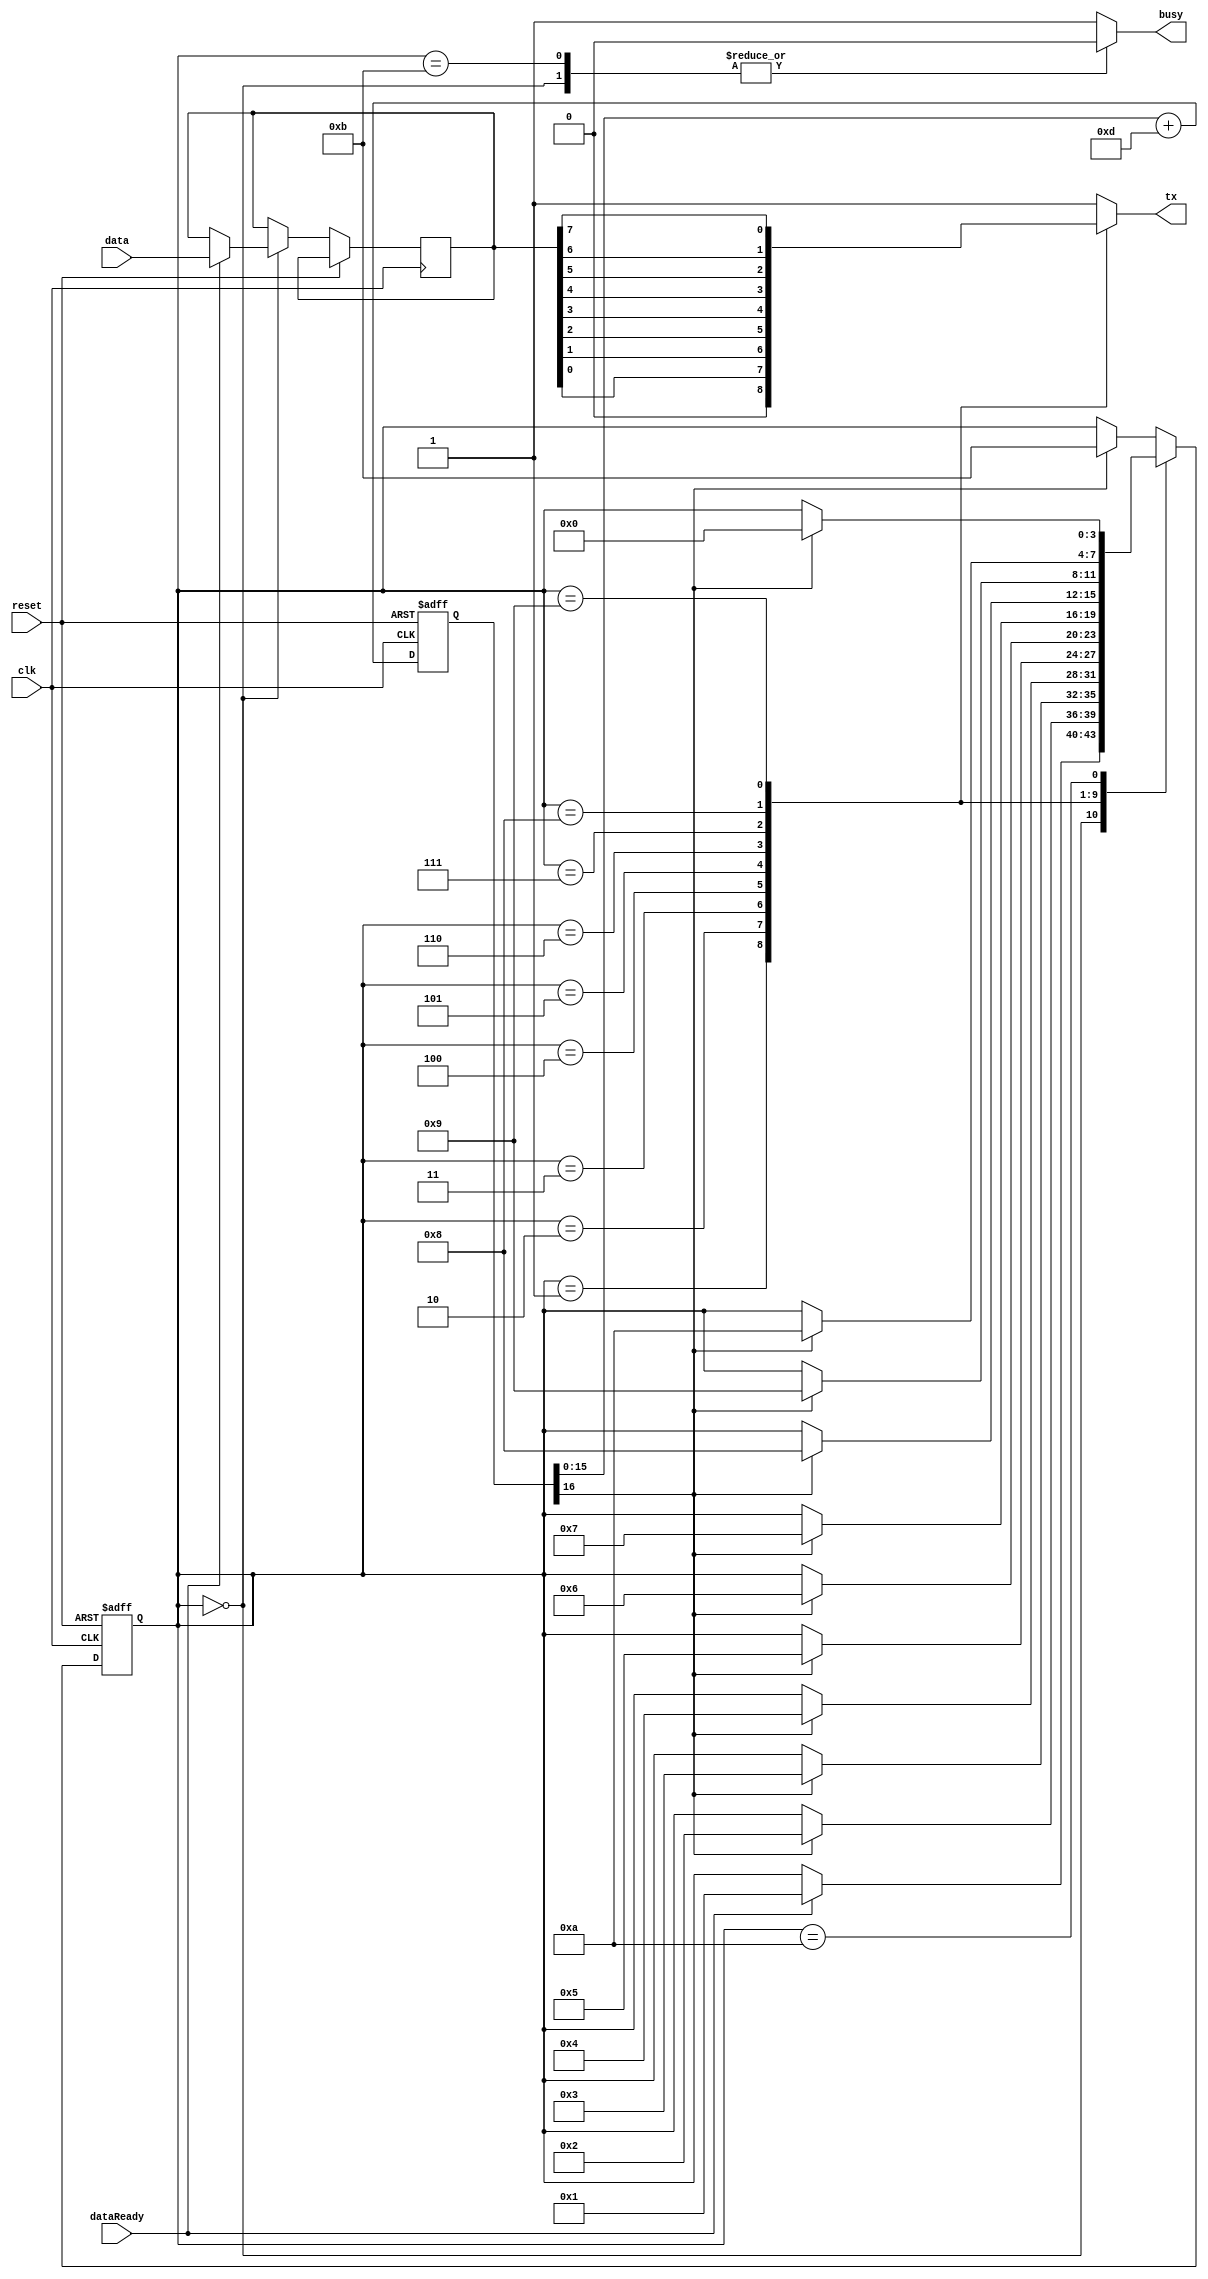
`define STATE_IDLE      4'h0
`define STATE_START_BIT 4'h1
`define STATE_BIT_0     4'h2
`define STATE_BIT_1     4'h3
`define STATE_BIT_2     4'h4
`define STATE_BIT_3     4'h5
`define STATE_BIT_4     4'h6
`define STATE_BIT_5     4'h7
`define STATE_BIT_6     4'h8
`define STATE_BIT_7     4'h9
`define STATE_STOP_BIT  4'ha
`define STATE_STOPPED   4'hb

module uart(
            input       clk,
            input       reset,
            input [7:0] data,
            input       dataReady,
            output reg  busy,
            output reg  tx);

   parameter CLK_FREQ = 50000000;
   parameter BAUD = 9600;
   parameter BAUD_GEN_ACC_WIDTH = 16;
   parameter BAUD_GEN_INC = ((BAUD << (BAUD_GEN_ACC_WIDTH - 4)) + (CLK_FREQ >> 5)) / (CLK_FREQ >> 4);

   reg [BAUD_GEN_ACC_WIDTH:0] baudGenAcc;
   always @(posedge clk or posedge reset)
     if (reset)
       baudGenAcc <= 0;
     else
       baudGenAcc <= baudGenAcc[BAUD_GEN_ACC_WIDTH - 1 : 0] + BAUD_GEN_INC;
   wire baudClk = baudGenAcc[BAUD_GEN_ACC_WIDTH];

   reg [3:0] state;
   reg [7:0] dataBuf;

   always @(posedge clk or posedge reset)
     if (reset) begin
        state <= `STATE_IDLE;
     end else
       case (state)
         `STATE_IDLE:
           if (dataReady) begin
              state <= `STATE_START_BIT;
              dataBuf <= data;
           end
         `STATE_START_BIT: if (baudClk) state <= `STATE_BIT_0;
         `STATE_BIT_0: if (baudClk) state <= `STATE_BIT_1;
         `STATE_BIT_1: if (baudClk) state <= `STATE_BIT_2;
         `STATE_BIT_2: if (baudClk) state <= `STATE_BIT_3;
         `STATE_BIT_3: if (baudClk) state <= `STATE_BIT_4;
         `STATE_BIT_4: if (baudClk) state <= `STATE_BIT_5;
         `STATE_BIT_5: if (baudClk) state <= `STATE_BIT_6;
         `STATE_BIT_6: if (baudClk) state <= `STATE_BIT_7;
         `STATE_BIT_7: if (baudClk) state <= `STATE_STOP_BIT;
         `STATE_STOP_BIT: if (baudClk) state <= `STATE_IDLE;
         default: if(baudClk) state <= `STATE_STOPPED;
       endcase

   always @(state or dataBuf)
     case (state)
       `STATE_START_BIT: tx <= 0;
       `STATE_BIT_0: tx <= dataBuf[0];
       `STATE_BIT_1: tx <= dataBuf[1];
       `STATE_BIT_2: tx <= dataBuf[2];
       `STATE_BIT_3: tx <= dataBuf[3];
       `STATE_BIT_4: tx <= dataBuf[4];
       `STATE_BIT_5: tx <= dataBuf[5];
       `STATE_BIT_6: tx <= dataBuf[6];
       `STATE_BIT_7: tx <= dataBuf[7];
       default: tx <= 1;
     endcase

   always @(state)
     case (state)
       `STATE_IDLE: busy <= 0;
       `STATE_STOPPED: busy <= 0;
       default: busy <= 1;
     endcase
endmodule